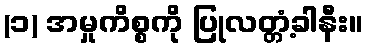
(၁) အမှုကိစ္စကို ပြုလတ္တံ့ခါနီး။